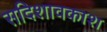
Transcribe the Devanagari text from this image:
सदिशावकाश